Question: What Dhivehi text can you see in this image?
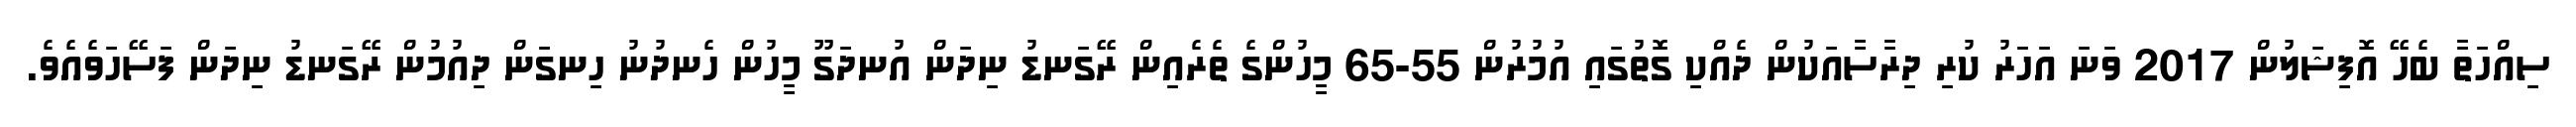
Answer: ސިއްހަތާ ބެހޭ އޮފިޝަލުން 2017 ވަނަ އަހަރު ކުރި ދިރާސާއަކުން ދެއްކި ގޮތުގައި އުމުރުން 55-65 މީހުންގެ ތެރެއިން ރޭގަނޑު ނިދަން އުނދަގޫ މީހުން ހެނދުނު ހިނގަން ދިއުމުން ރޭގަނޑު ނިދަން ފަސޭހަވެއެވެ.